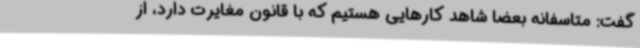
گفت: متاسفانه بعضا شاهد کارهایی هستیم که با قانون مغایرت دارد، از